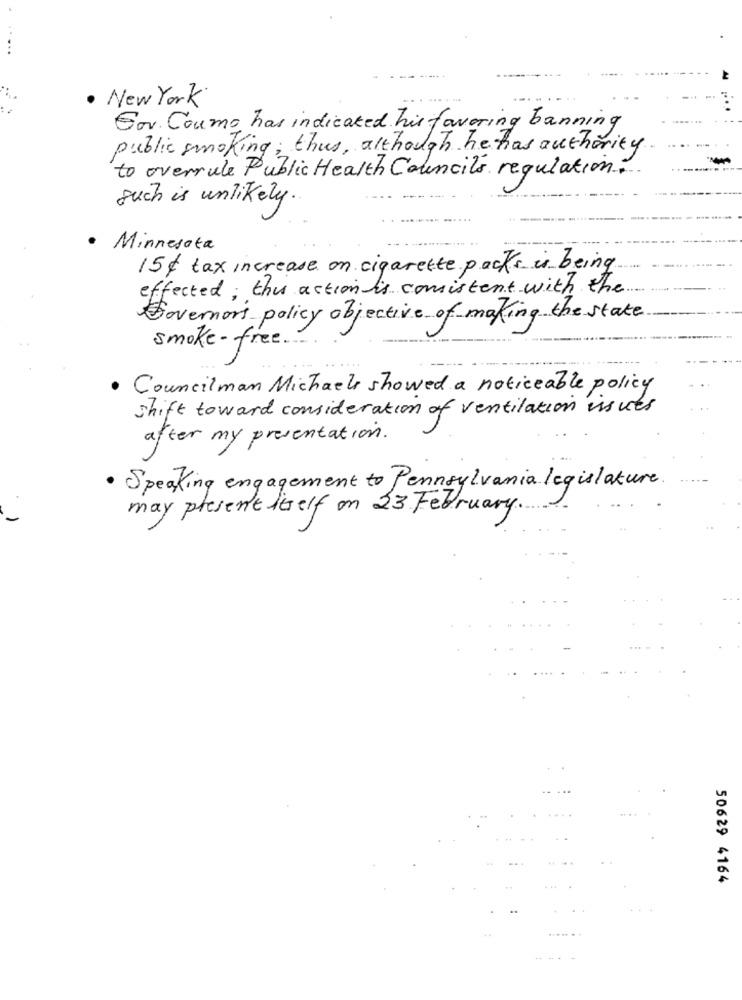
· New York
Gov. Coumo has indicated his favoring banning
public smoking; thus, although he has authority
to overrule Public Health Councils regulation
such is unlikely.
· Minnesota
15$ tax increase on cigarette packs is being
effected; this action is consistent with the
Governors policy objective of making the state
smoke - free.
· Councilman Michael showed a noticeable policy
shift toward consideration of ventilation issues
after my presentation.
· Speaking engagement to Pennsylvania legislature
.
may present itself on 23 February.
50629 4164